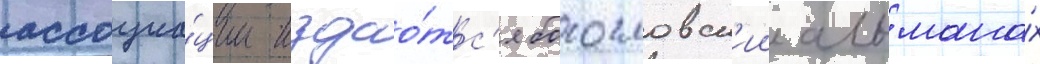
ассоциа́ции издао́тс'я богословск'ии альмана́х